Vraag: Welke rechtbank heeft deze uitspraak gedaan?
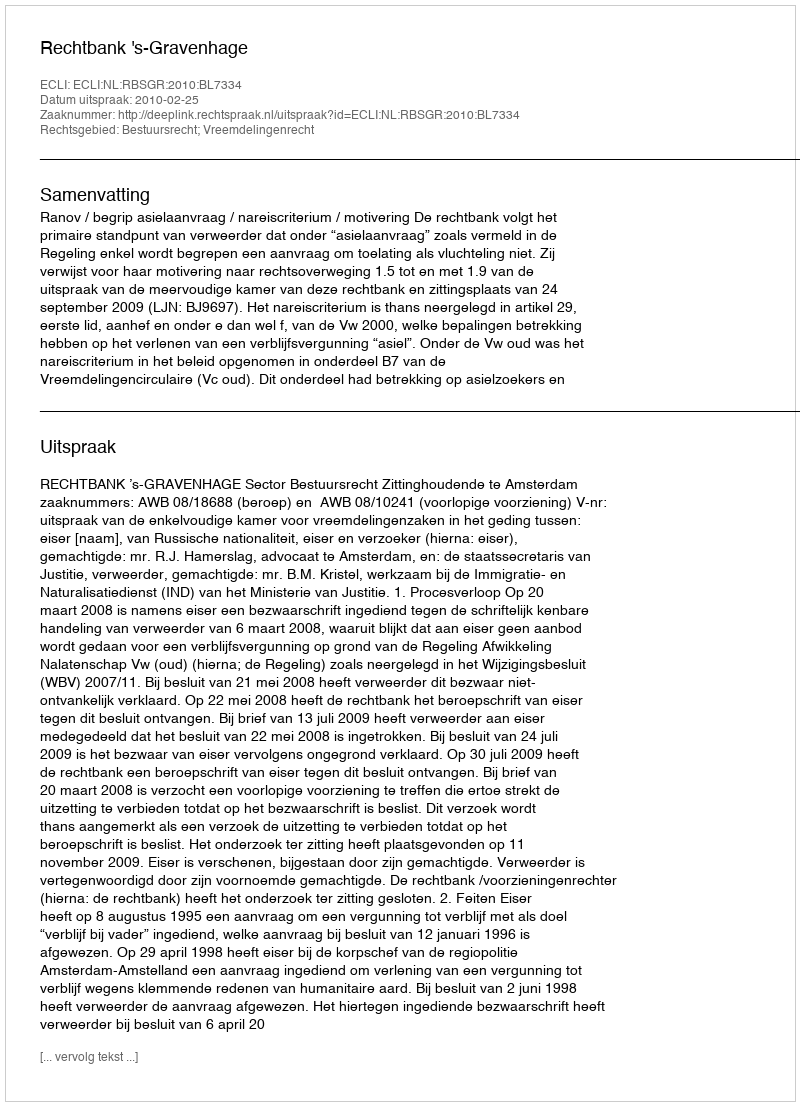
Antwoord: Rechtbank 's-Gravenhage